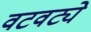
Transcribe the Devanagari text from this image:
वटवट्ये